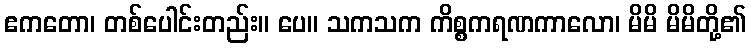
ဧကတော၊ တစ်ပေါင်းတည်း။ ပေ။ သကသက ကိစ္စကရဏကာလော၊ မိမိ မိမိတို့၏